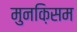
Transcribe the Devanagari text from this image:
मुनक़िसम